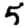
Digit: 5